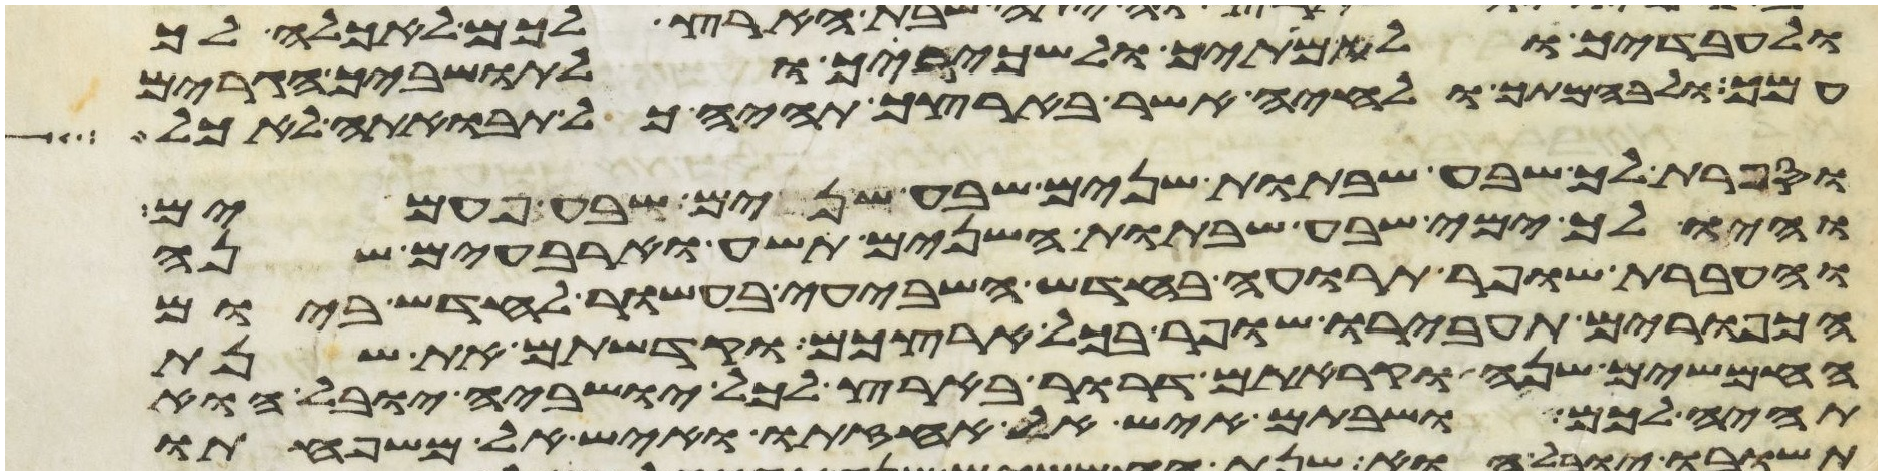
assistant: ולעבדיך ולאמתיך ולשכיריך ולתושביך הגרים
עמך ולבהמתך ולחיה אשר בארצך תהיה כל תבואתה לאכל
וספרת לך שבע שבתות שנים שבע שנים שבע פעמים
והיו לך ימי שבע שבתות השנים תשע וארבעים שנה
והעברת שופר תרועה בחדש השביעי בעשור לחדש ביום
הכפורים תעבירו שופר בכל ארצכם וקדשתם את שנת
החמשים שנה וקראתם דרור בארץ לכל ישביה יובל הוא
תהיה לכם ושבתם איש אל אחזתו ואיש אל משפחתו